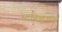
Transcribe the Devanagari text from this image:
भाविसूचक